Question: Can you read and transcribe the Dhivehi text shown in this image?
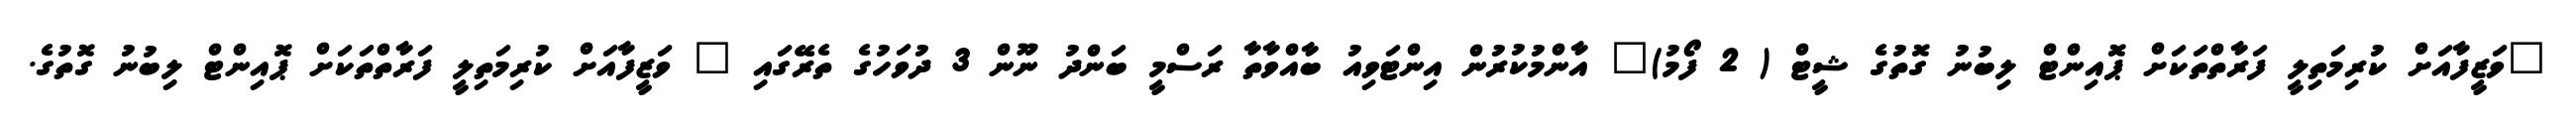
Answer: "ވަޒީފާއަށް ކުރިމަތިލީ ފަރާތްތަކަށް ޕޮއިންޓް ލިބުނު ގޮތުގެ ޝީޓް ( 2 ފޯމު)" އާންމުކުރުން އިންޓަވިއު ބާއްވާތާ ރަސްމީ ބަންދު ނޫން 3 ދުވަހުގެ ތެރޭގައި " ވަޒީފާއަށް ކުރިމަތިލީ ފަރާތްތަކަށް ޕޮއިންޓް ލިބުނު ގޮތުގެ.